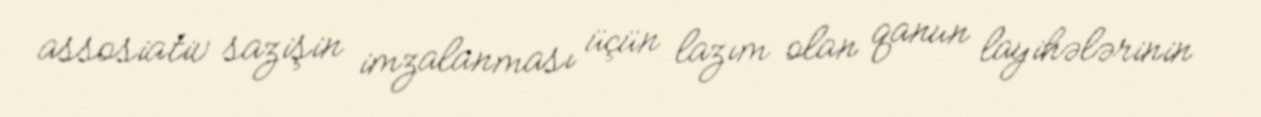
assosiativ sazişin imzalanması üçün lazım olan qanun layihələrinin